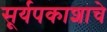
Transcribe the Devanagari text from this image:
सूर्यपकाशाचे